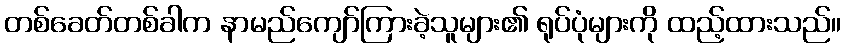
တစ်ခေတ်တစ်ခါက နာမည်ကျော်ကြားခဲ့သူများ၏ ရုပ်ပုံများကို ထည့်ထားသည်။